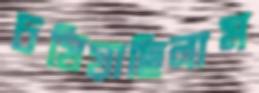
চষিয়াছিলাম